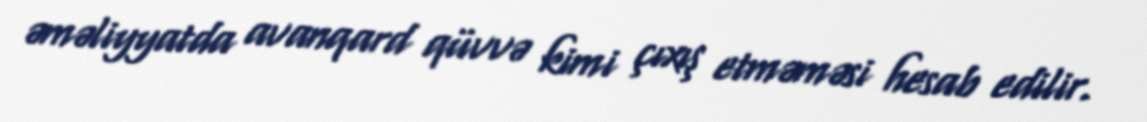
əməliyyatda avanqard qüvvə kimi çıxış etməməsi hesab edilir.